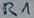
Text: R1